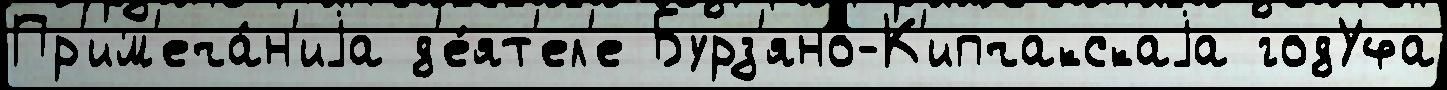
Пр'им'еча́н'иjа д'е́ят'ел'е Бурз'яно-К'ипчакскаjа годУфа